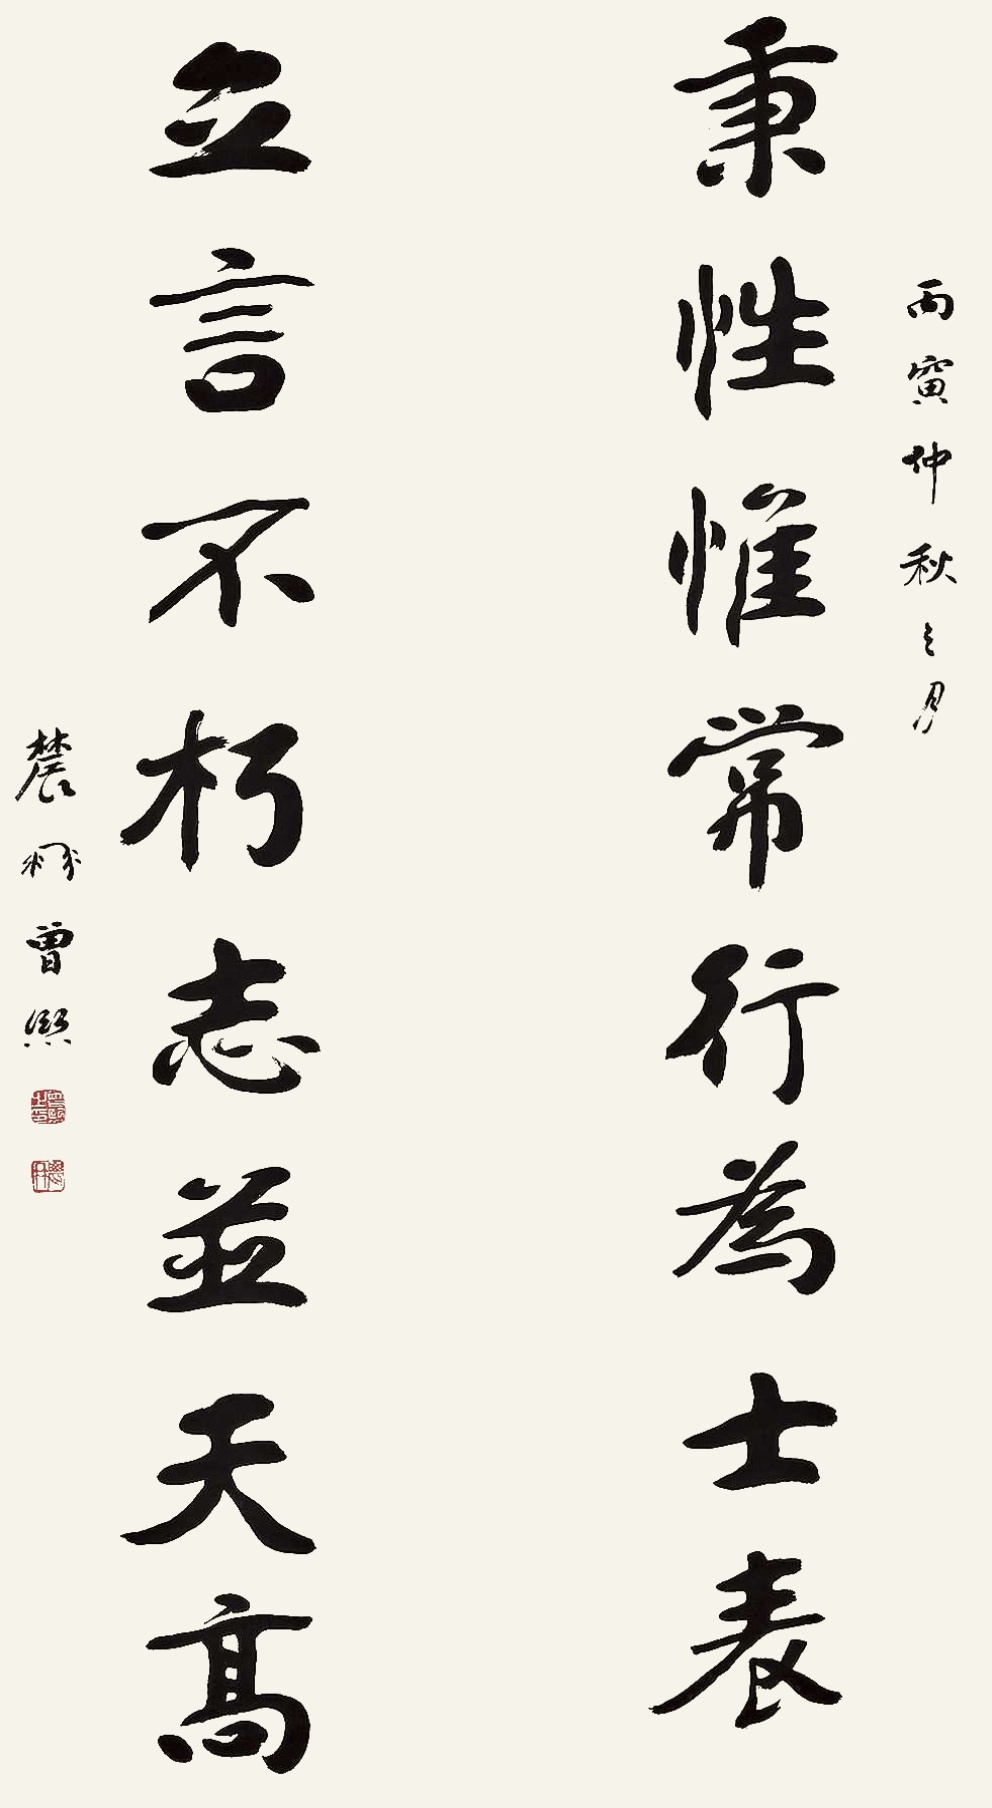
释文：秉性惟常行为士表，立言不朽志并天高。丙寅仲秋之月，农髯曾熙。